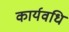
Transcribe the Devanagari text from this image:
कार्यवधि